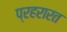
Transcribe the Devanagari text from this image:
प्रहरारत